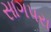
સાગપરા